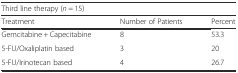
<table><thead><tr><td colspan="3"><b>Third line therapy (<i>n</i> = 15)</b></td></tr><tr><td><b>Treatment</b></td><td><b>Number of Patients</b></td><td><b>Percent</b></td></tr></thead><tbody><tr><td>Gemcitabine + Capecitabine</td><td>8</td><td>53.3</td></tr><tr><td>5-FU/Oxaliplatin based</td><td>3</td><td>20</td></tr><tr><td>5-FU/Irinotecan based</td><td>4</td><td>26.7</td></tr></tbody></table>